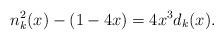
LaTeX: \begin{align*} n^2_k(x)-(1-4x)=4x^3d_k(x).\end{align*}